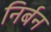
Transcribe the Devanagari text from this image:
निर्बन